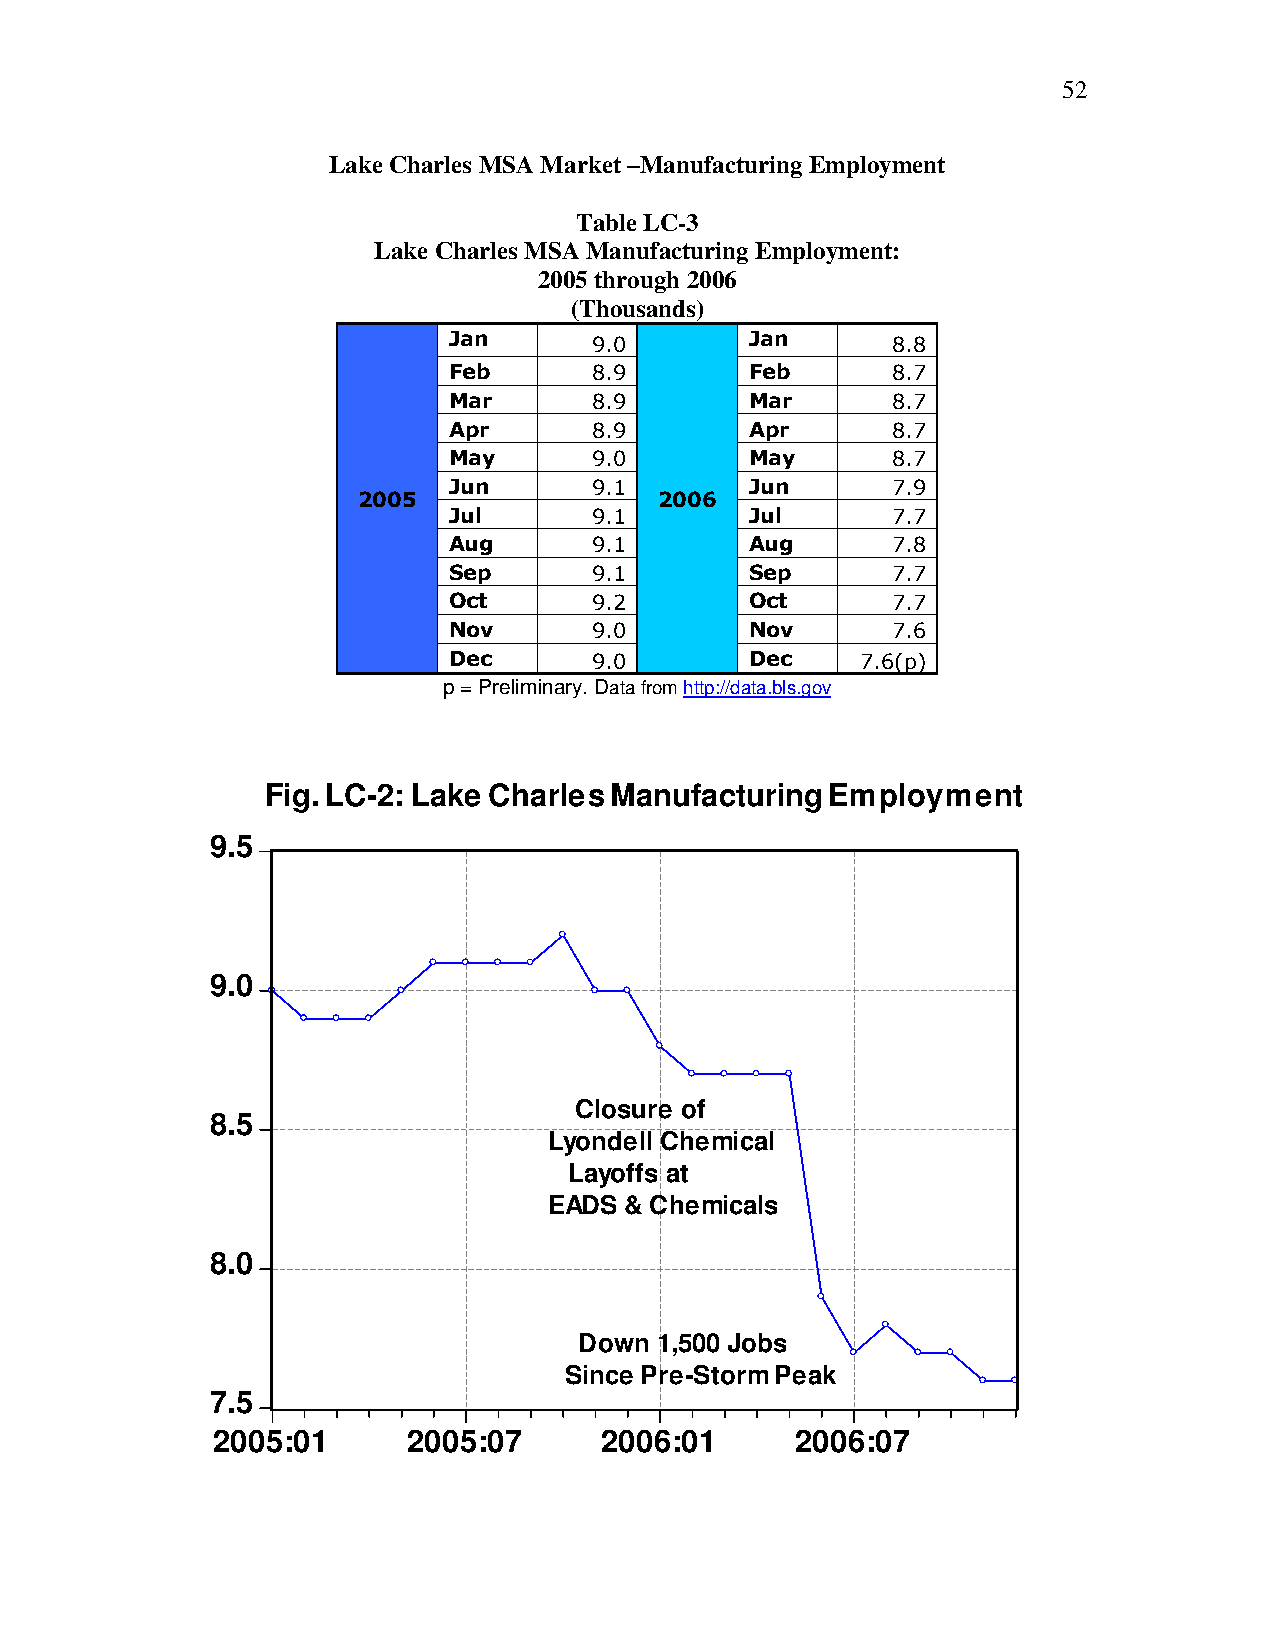
52
 Lake Charles MSA Market –Manufacturing Employment
 Table LC-3
 Lake Charles MSA Manufacturing Employment:
 2005 through 2006
 (Thousands)
 Jan      9.0        Jan      8.8
 Feb      8.9        Feb      8.7
 Mar      8.9        Mar      8.7
 Apr      8.9        Apr      8.7
 May      9.0        May      8.7
 Jun      9.1        Jun      7.9
 2005                2006
 Jul      9.1        Jul      7.7
 Aug      9.1        Aug      7.8
 Sep      9.1        Sep      7.7
 Oct      9.2        Oct      7.7
 Nov      9.0        Nov      7.6
 Dec      9.0        Dec    7.6(p)
 p = Preliminary. Data from http://data.bls.gov
 Fig. LC-2: Lake Charles Manufacturing Employment
 9.5
 9.0
 Closure of
 8.5
 Lyondell Chemical
 Layoffs at
 EADS & Chemicals
 8.0
 Down 1,500 Jobs
 Since Pre-Storm Peak
 7.5
 2005:01      2005:07      2006:01      2006:07